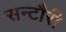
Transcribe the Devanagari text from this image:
सन्टौरी